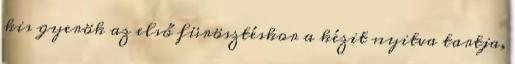
kis gyerök az első fürösztéskor a kézit nyitva tartja,